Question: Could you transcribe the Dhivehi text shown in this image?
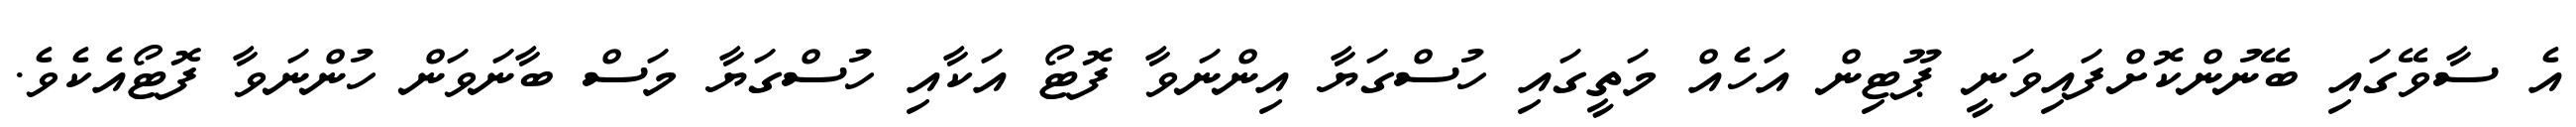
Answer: އެ ސާވޭގައި ބޭނުންކޮށްފައިވަނީ ޕޫޓިން އަހެއް މަތީގައި ހުސްގަޔާ އިންނަވާ ފޮޓޯ އަކާއި ހުސްގަޔާ މަސް ބާނަވަން ހުންނަވާ ފޮޓޯއެކެވެ.